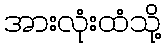
အားလုံးထံသို့